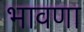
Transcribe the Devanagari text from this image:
भावणा